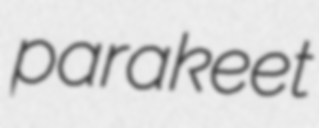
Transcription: parakeet